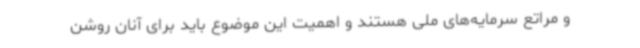
و مراتع سرمایه‌های ملی هستند و اهمیت این موضوع باید برای آنان روشن